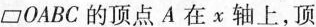
□OABC的顶点A在x轴上，顶